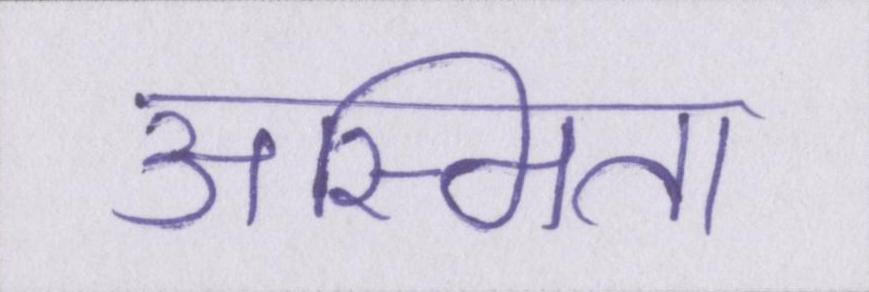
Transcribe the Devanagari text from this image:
अस्मिता